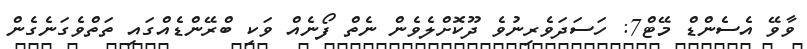
ވާވޭ އެސެންޑް މޭޓް7: ހަސަދަވެރިނުވެ ދޫކޮށްލެވެން ނެތް ފޯނެއް ވަކި ބްރޭންޑެއްގައި ތަތްވެގަނެގެން